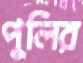
পুলির